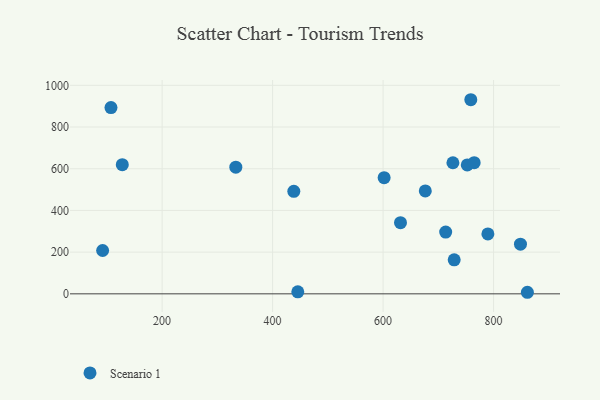
{"axis": {"x": "Price", "y": "Fuel Efficiency"}, "legend": ["Scenario 1"], "data": [{"x": "752.4", "y": 618.4, "type": "Scenario 1"}, {"x": "726.4", "y": 628.7, "type": "Scenario 1"}, {"x": "676.4", "y": 493.7, "type": "Scenario 1"}, {"x": "92.3", "y": 207.9, "type": "Scenario 1"}, {"x": "631.5", "y": 341.5, "type": "Scenario 1"}, {"x": "445.6", "y": 9.8, "type": "Scenario 1"}, {"x": "764.9", "y": 628.9, "type": "Scenario 1"}, {"x": "728.7", "y": 163.0, "type": "Scenario 1"}, {"x": "333.4", "y": 607.4, "type": "Scenario 1"}, {"x": "127.9", "y": 619.5, "type": "Scenario 1"}, {"x": "601.9", "y": 557.3, "type": "Scenario 1"}, {"x": "758.8", "y": 930.9, "type": "Scenario 1"}, {"x": "107.4", "y": 893.4, "type": "Scenario 1"}, {"x": "438.4", "y": 491.5, "type": "Scenario 1"}, {"x": "848.7", "y": 238.2, "type": "Scenario 1"}, {"x": "713.3", "y": 296.3, "type": "Scenario 1"}, {"x": "789.7", "y": 287.2, "type": "Scenario 1"}, {"x": "861.2", "y": 7.5, "type": "Scenario 1"}]}